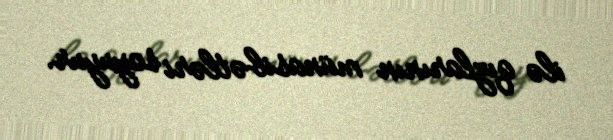
ilə qızlarının münasibətləri soyuyur.